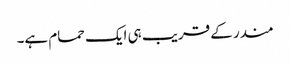
مندر کے قریب ہی ایک حمام ہے۔